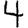
Digit: 4